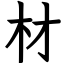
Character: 材